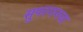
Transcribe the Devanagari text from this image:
सुपरगनचा